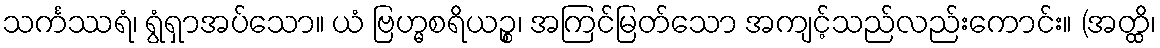
သင်္ကဿရံ၊ ရွံရှာအပ်သော။ ယံ ဗြဟ္မစရိယဉ္စ၊ အကြင်မြတ်သော အကျင့်သည်လည်းကောင်း။ (အတ္ထိ၊